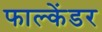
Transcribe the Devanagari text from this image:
फाल्केंडर